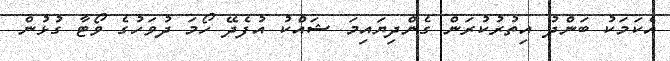
އެކަމަކު ބަންދު އިތުރުކުރަން ގެންދިޔައިމަ ޝައްކު އުފެދޭ ހޯމަ ދުވަހުގެ ވޯޓާ ގުޅުން